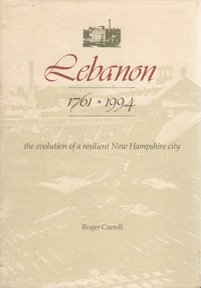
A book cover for Lebanon, 1761-1994: The Evolution of a Resilient New Hampshire City; Roger Carroll; History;